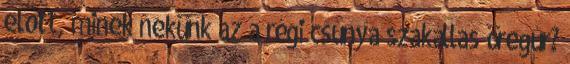
előtt, minek nekünk az a régi csúnya szakállas öregúr?